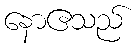
နောဧသည်